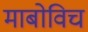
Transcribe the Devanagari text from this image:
माबोविच